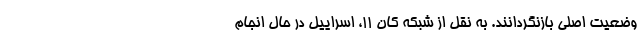
وضعیت اصلی بازنگردانند. به نقل از شبکه کان ۱۱، اسراییل در حال انجام